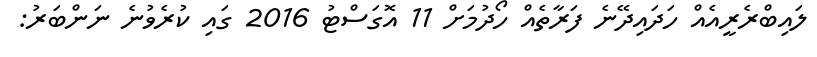
ލައިބްރެރީއެއް ހަދައިދޭނެ ފަރާތެއް ހޯދުމަށް 11 އޮގަސްޓު 2016 ގައި ކުރެވުނެ ނަންބަރު: